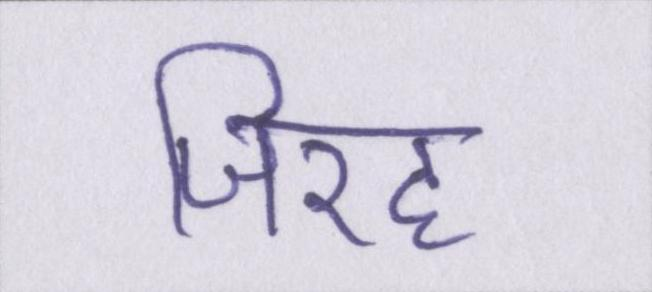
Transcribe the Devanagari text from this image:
जिरह